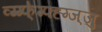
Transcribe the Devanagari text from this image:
व्ग्ग्फ्॑ग्फ्ह्ग्ज्जु